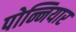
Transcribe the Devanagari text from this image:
पोन्नियार